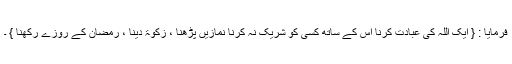
فرمایا : { ایک اللہ کی عبادت کرنا اس کے ساتھ کسی کو شریک نہ کرنا نمازیں پڑھنا ، زکوٰۃ دینا ، رمضان کے روزے رکھنا } ۔